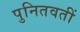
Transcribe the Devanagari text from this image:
पुनितवतीं